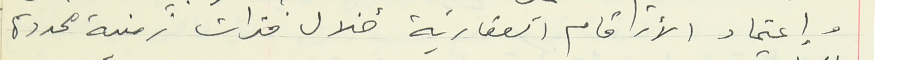
وإعتماد الأرقام العقارية خلال فترات زمنية محددة